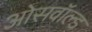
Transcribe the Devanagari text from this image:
ओसवॉल्ड